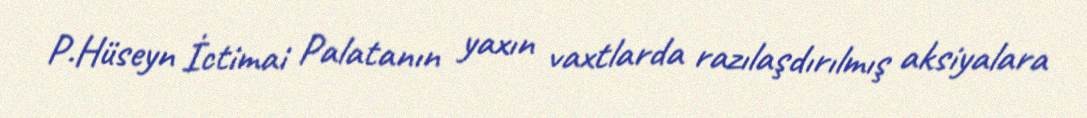
P.Hüseyn İctimai Palatanın yaxın vaxtlarda razılaşdırılmış aksiyalara